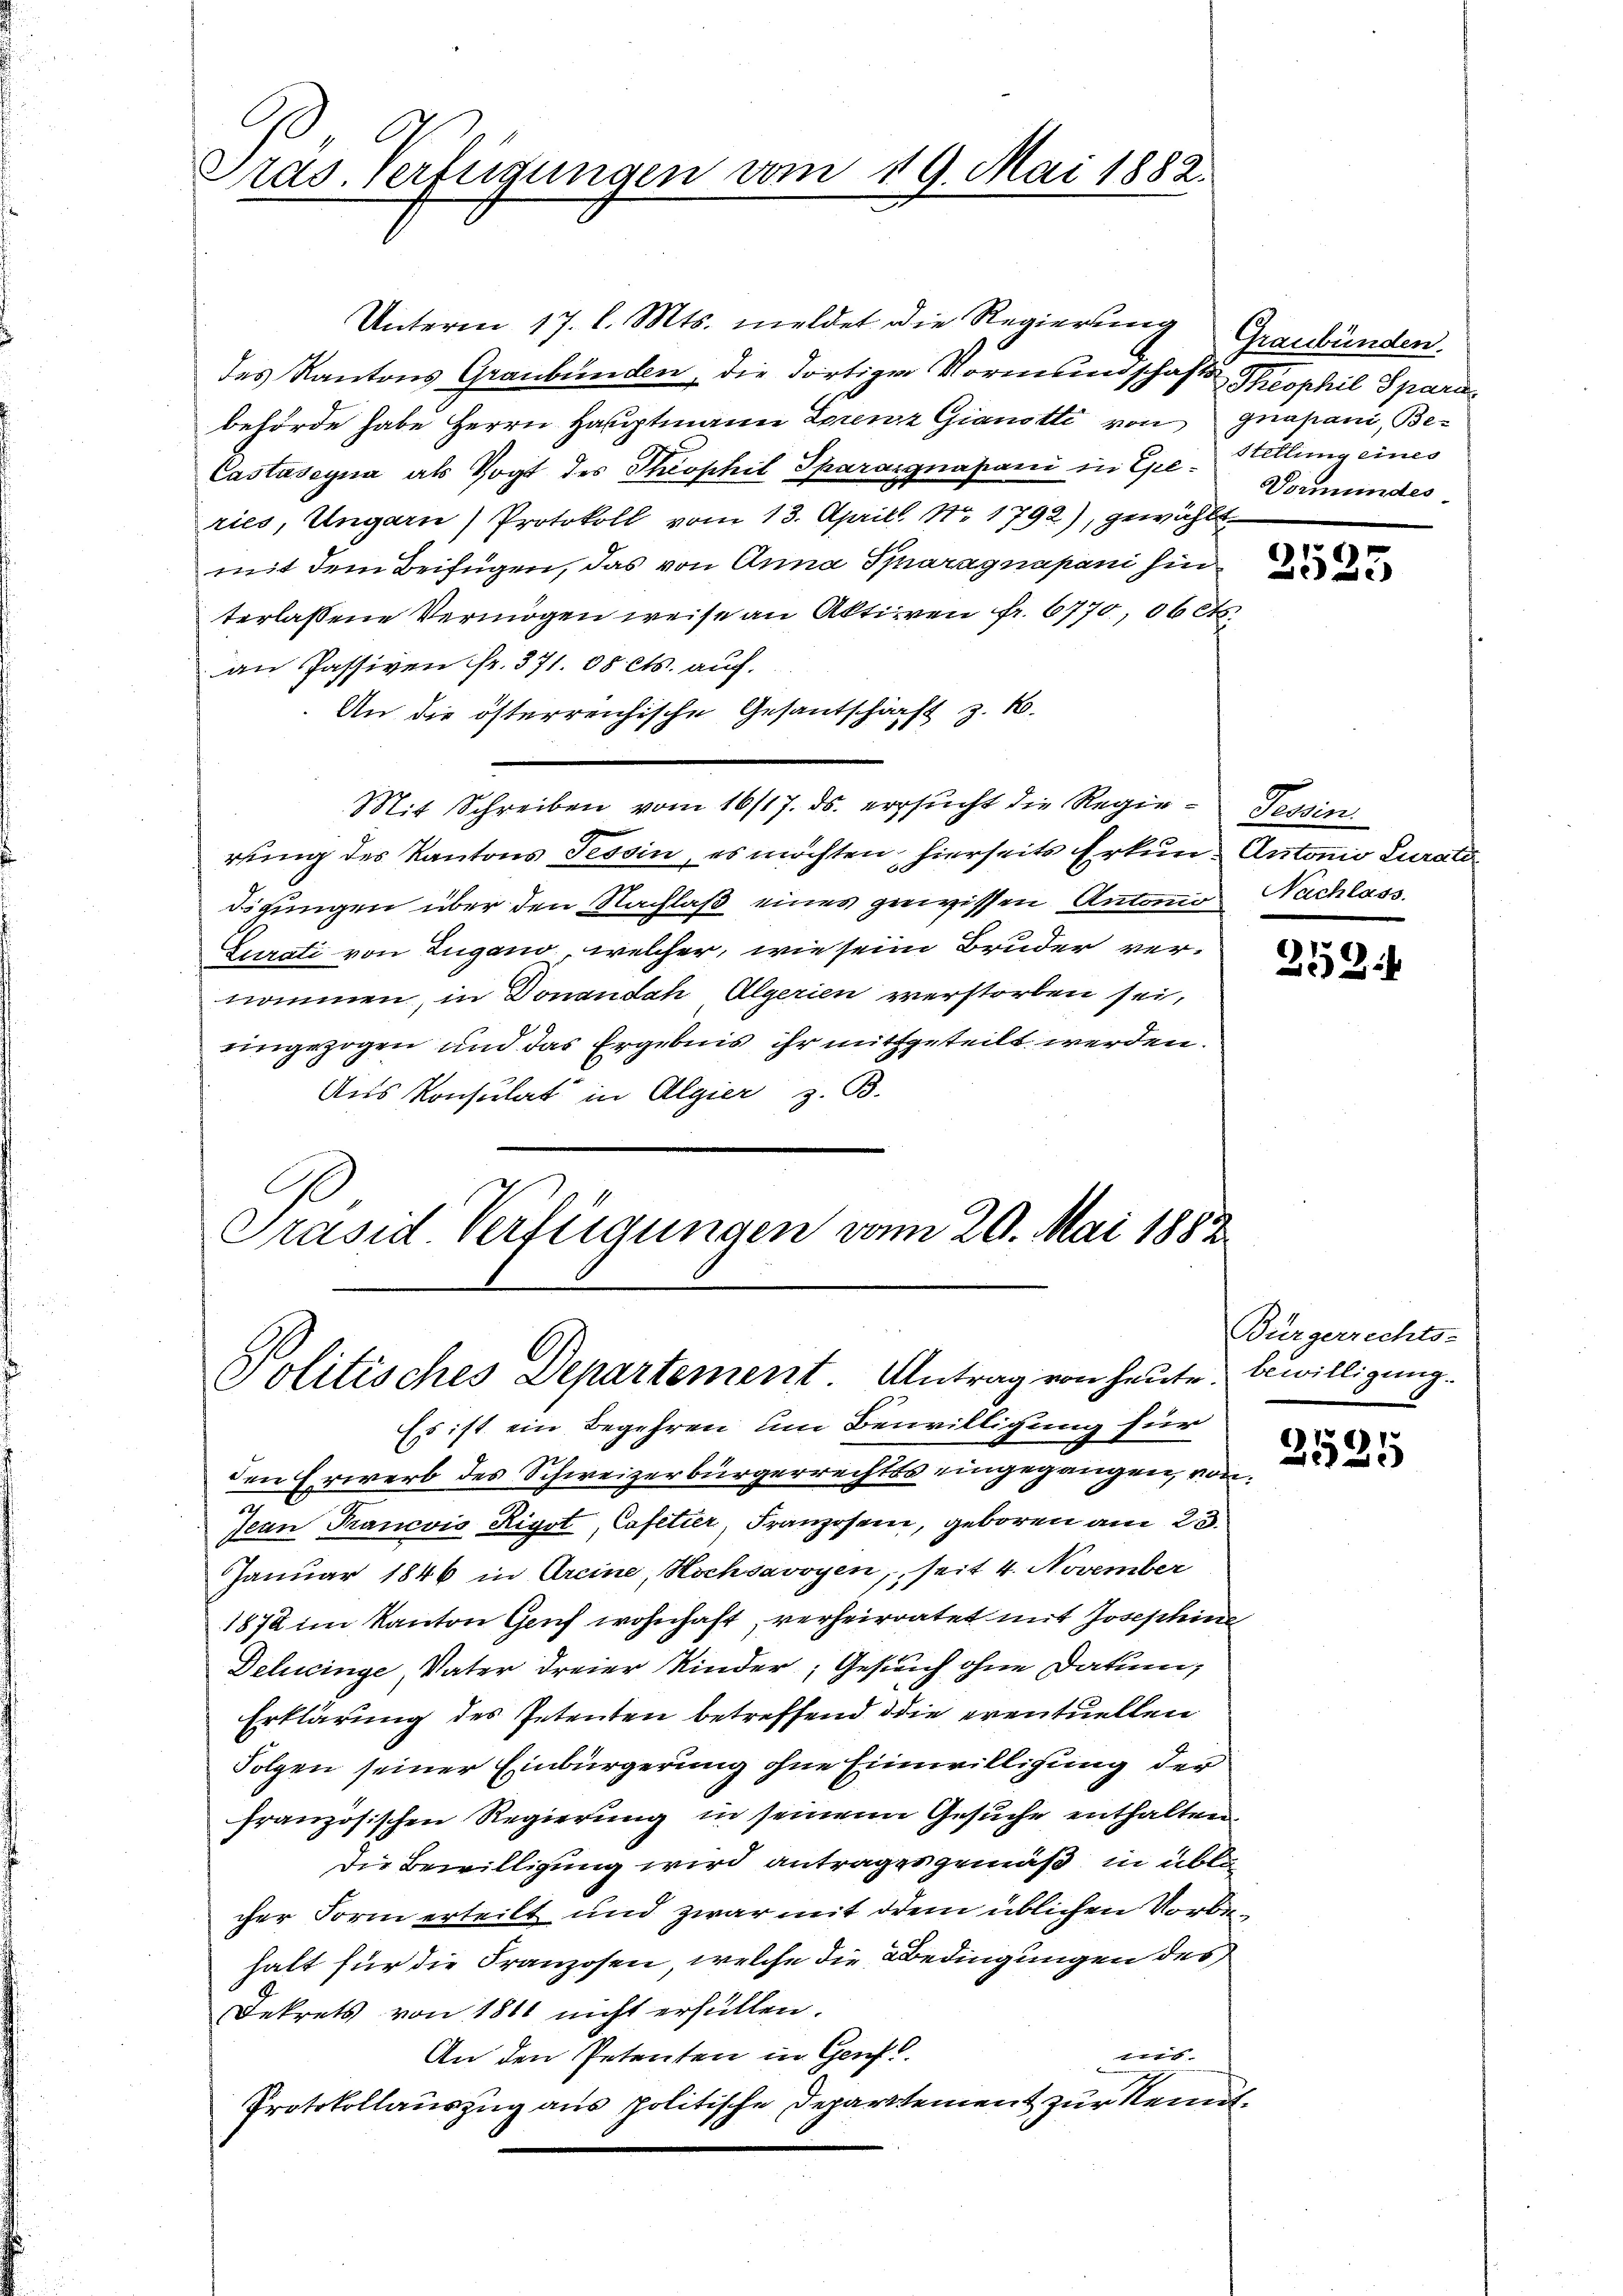
C.
Pras. Verfügungen vom 19. Mai 1882.

Unterm 17. l. Mts. meldet die Regierung Graubünden.
des Kantons Graubünden, die dortige Vormundschaft Theophil Spara
behörde habe Herrn Hauptmann Lorenz Gianott von gnapani, Be¬
Castaseyna als Vogt des Theophil Sparargnapani in Ee-Stellung eines
ries, Ungarn) Protokoll vom 13. April Nr 1792), gewählt
mit dem Beifügen, das von Anna Saragnapani hin
terlassene Vermögen weise an Aktiven fr. 6770, 06 etc.
an Passiven fr. 371. 08 cts. auch.
An die österreichische Gesantschäft z. B.
Mit Schreiben vom 16/17. ds. ersucht die Regie-Tessin.
ruung des Kantons Tessin, es möchten, hierseits Erkun- Antonio Curato
digungen über den Nachlaß eines gewissen Antonio Nachlass
Curati von Zugano, welcher, wie sein Bruder vernommen, in Donaudah Algerien verstorben sei,
eingezogen und das Ergebnis ihr mitgeteilt werden.
Aus Konsulat in Algier z. B.
Präsid Verfügungen vom 20. Mai 1882

Politisches Departement Antrag von heute. Bewilligung.

Vormundes

Es ist ein Begehren um Bewilligung für
den Erwerb des Schweizerbürgerrechts eingegangen, von
Jean Prancois Rigot, Cafetier, Franzosen, geboren am 23.
Januar 1846 in Arcine, Hochsavoyen, seit 4. November
1872 im Kanton Genf wohnhaft, verheiratet mit Josephine
Delucinge Vater dreier Kinder, Gesuch ohne Datum,
Erklärung des Petenten betreffend die eventuellen
Folgen seiner Einbürgerung ohne Einwilligung der
französischen Regierung in seinem Gesuche enthalten
Die Bewilligung wird antrages gemäß, in übli
cher Form erteilt und zwar mit dem üblichen Vorbehalt für die Franzosen, welche die Bedingungen des
Dekrets von 1811 nicht erfüllen.
nis.
An den Petenten in Genf.
Protokollauszug aus politische Departement zur Kennt¬

2525

252.

Bürgerrechts-

2525